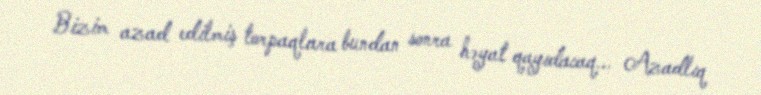
Bizim azad edilmiş torpaqlara bundan sonra həyat qayıdacaq... Azadlıq